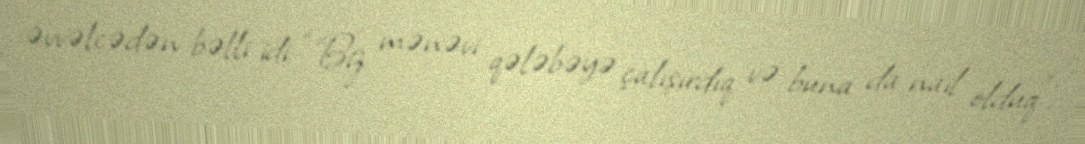
əvvəlcədən bəlli idi: “Biz mənəvi qələbəyə çalışırdıq və buna da nail olduq”.